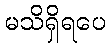
မသိရှိရပေ